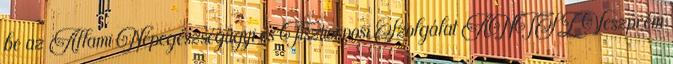
be az Állami Népegészségügyi és Tisztiorvosi Szolgálat ÁNTSZ Veszprém